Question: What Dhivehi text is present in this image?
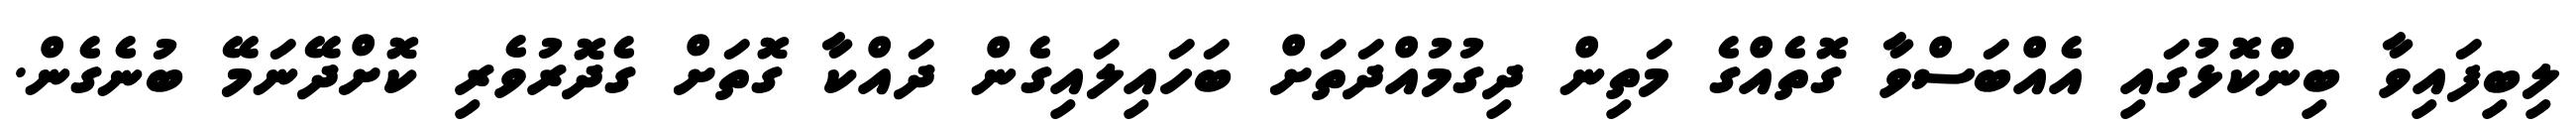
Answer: ލިބިފައިވާ ބިންކޮޅުގައި އެއްބަސްވާ ގޮތެއްގެ މަތިން ދިގުމުއްދަތަށް ބަހައިލައިގެން ދައްކާ ގޮތަށް ގެދޮރުވެރި ކޮށްދޭނަމޭ ބުނެގެން.